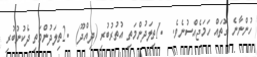
ހުންނާނެ ގޮތައް ހަމަޖެއްސުނެވެ.  .1ތިލަދުންމަތި އުތުރުބުރި (ދިއްދޫ)  .2ތިލަދުންމަތި ދެކުނުބުރި